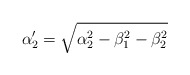
\begin{align*}\alpha'_{2}=\sqrt{\alpha_{2}^{2}-\beta_{1}^{2}-\beta_{2}^{2}}\end{align*}